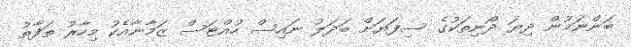
ބަންނަމުން ދިޔަ ދޯނިތަކުގެ ސިފަޔަށް ބަދަލު ނައިސް ހުއްޓަސް ޒަމާނާއެކު މިހާރު ތަފާތު